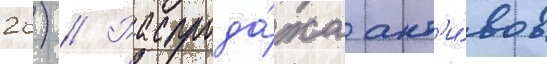
26) // Распрода́жа акт'и́вов